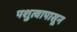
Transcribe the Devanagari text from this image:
पशुत्वापासून